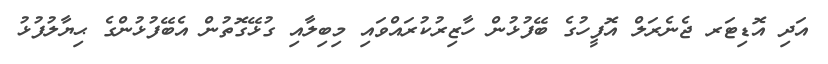
އަދި އޮޑިޓަރ ޖެނެރަލް އޮފީހުގެ ބޭފުޅުން ހާޒިރުކުރައްވައި މިބިލާއި ގުޅޭގޮތުން އެބޭފުޅުންގެ ޙިޔާލުފުޅު